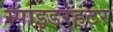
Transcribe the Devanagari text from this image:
स्पाइडरहंटर